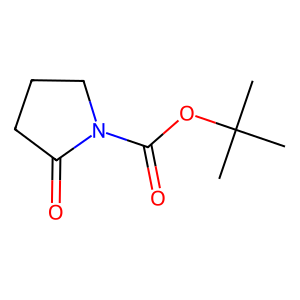
SMILES: CC(C)(C)OC(=O)N1CCCC1=O
Inhibits HIV replication: No